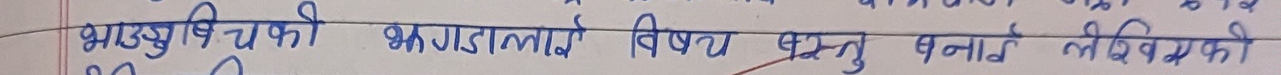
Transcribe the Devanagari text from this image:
भानुसुकी भगडालाई विषय वस्तु बनाई लेखिएकी